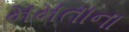
મમતાના